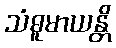
သံဓူမာယန္တိ